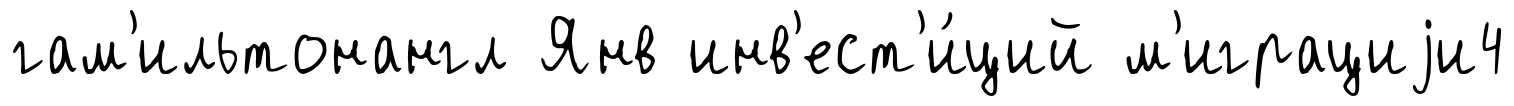
гам'ильтонангл Янв инв'ест'и́ций м'играциjи4